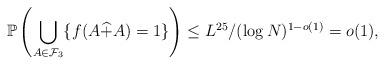
LaTeX: \begin{align*}\mathbb{P}\left(\bigcup_{A\in\mathcal{F}_3}\{f(A\widehat{+}A)=1\}\right)\leq L^{25} / (\log N)^{1-o(1)} = o(1),\end{align*}